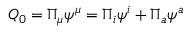
Q _ { 0 } = \Pi _ { \mu } \psi ^ { \mu } = \Pi _ { i } \psi ^ { i } + \Pi _ { a } \psi ^ { a }